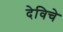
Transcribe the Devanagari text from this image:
देविचे